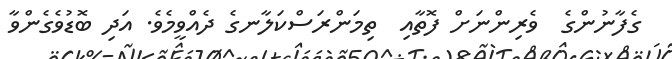
ގެފާނުންގެ  ވެރިންނަށް ފޮތާއި  ތިމަންރަސްކަލާނގެ ދެއްވީމެވެ. އަދި ބޮޑުވެގެންވާ